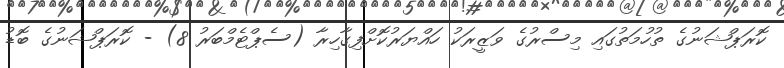
ކޮރަޕްޝަނުގެ ތުހުމަތުގައި މިސްރުގެ ވަޒީރަކު ހައްޔަރުކޮށްފިގާހިރާ (ސެޕްޓެމްބަރު 8) - ކޮރަޕްޝަނުގެ ބޮޑު